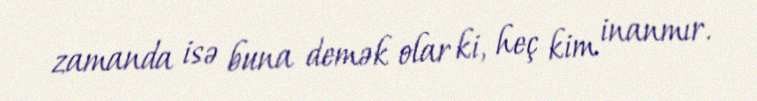
zamanda isə buna demək olar ki, heç kim inanmır.